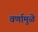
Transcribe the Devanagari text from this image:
वर्णामुळे